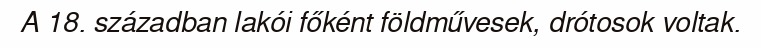
A 18. században lakói főként földművesek, drótosok voltak.